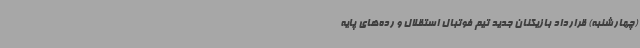
(چهارشنبه) قرارداد بازیکنان جدید تیم فوتبال استقلال و رده‌های پایه